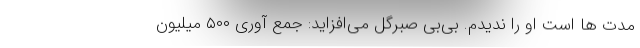
مدت ها است او را ندیدم. بی‌بی صبرگل می‌افزاید: جمع آوری ۵۰۰ میلیون